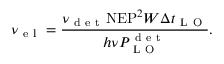
\nu _ { \mathrm { ~ e ~ l ~ } } = \frac { \nu _ { \mathrm { ~ d ~ e ~ t ~ } } \mathrm { N E P } ^ { 2 } W \Delta t _ { \mathrm { ~ L ~ O ~ } } } { h \nu P _ { \mathrm { ~ L ~ O ~ } } ^ { \mathrm { ~ d ~ e ~ t ~ } } } .